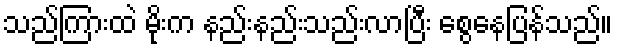
သည်ကြားထဲ မိုးက နည်းနည်းသည်းလာပြီး စွေနေပြန်သည်။